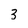
Character: 3